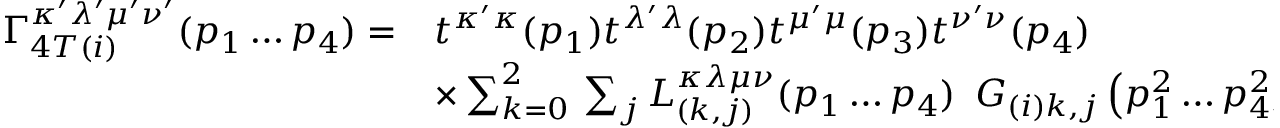
\begin{array} { r l } { { \Gamma _ { 4 T ( i ) } ^ { \kappa ^ { \prime } \lambda ^ { \prime } \mu ^ { \prime } \nu ^ { \prime } } ( p _ { 1 } \ldots p _ { 4 } ) = } } & { { t ^ { \kappa ^ { \prime } \kappa } ( p _ { 1 } ) t ^ { \lambda ^ { \prime } \lambda } ( p _ { 2 } ) t ^ { \mu ^ { \prime } \mu } ( p _ { 3 } ) t ^ { \nu ^ { \prime } \nu } ( p _ { 4 } ) } } \\ { { \mathrm { } } } & { { \times \sum _ { k = 0 } ^ { 2 } \, \sum _ { j } L _ { ( k , j ) } ^ { \kappa \lambda \mu \nu } ( p _ { 1 } \ldots p _ { 4 } ) \, \, \, G _ { ( i ) k , j } \left( p _ { 1 } ^ { 2 } \ldots p _ { 4 } ^ { 2 } ; s , t , u \right) \, , } } \end{array}